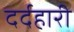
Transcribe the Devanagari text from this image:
दर्दहारी